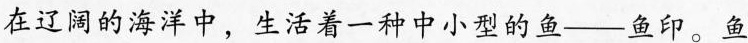
在辽阔的海洋中，生活着一种中小型的鱼—鱼印。鱼